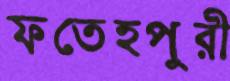
ফতেহপুরী